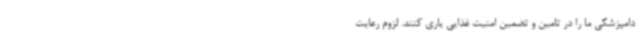
دامپزشکی ما را در تامین و تضمین امنیت غذایی یاری کنند. لزوم رعایت